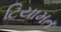
ટિયામત